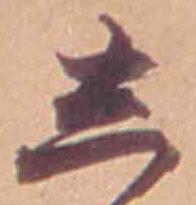
し